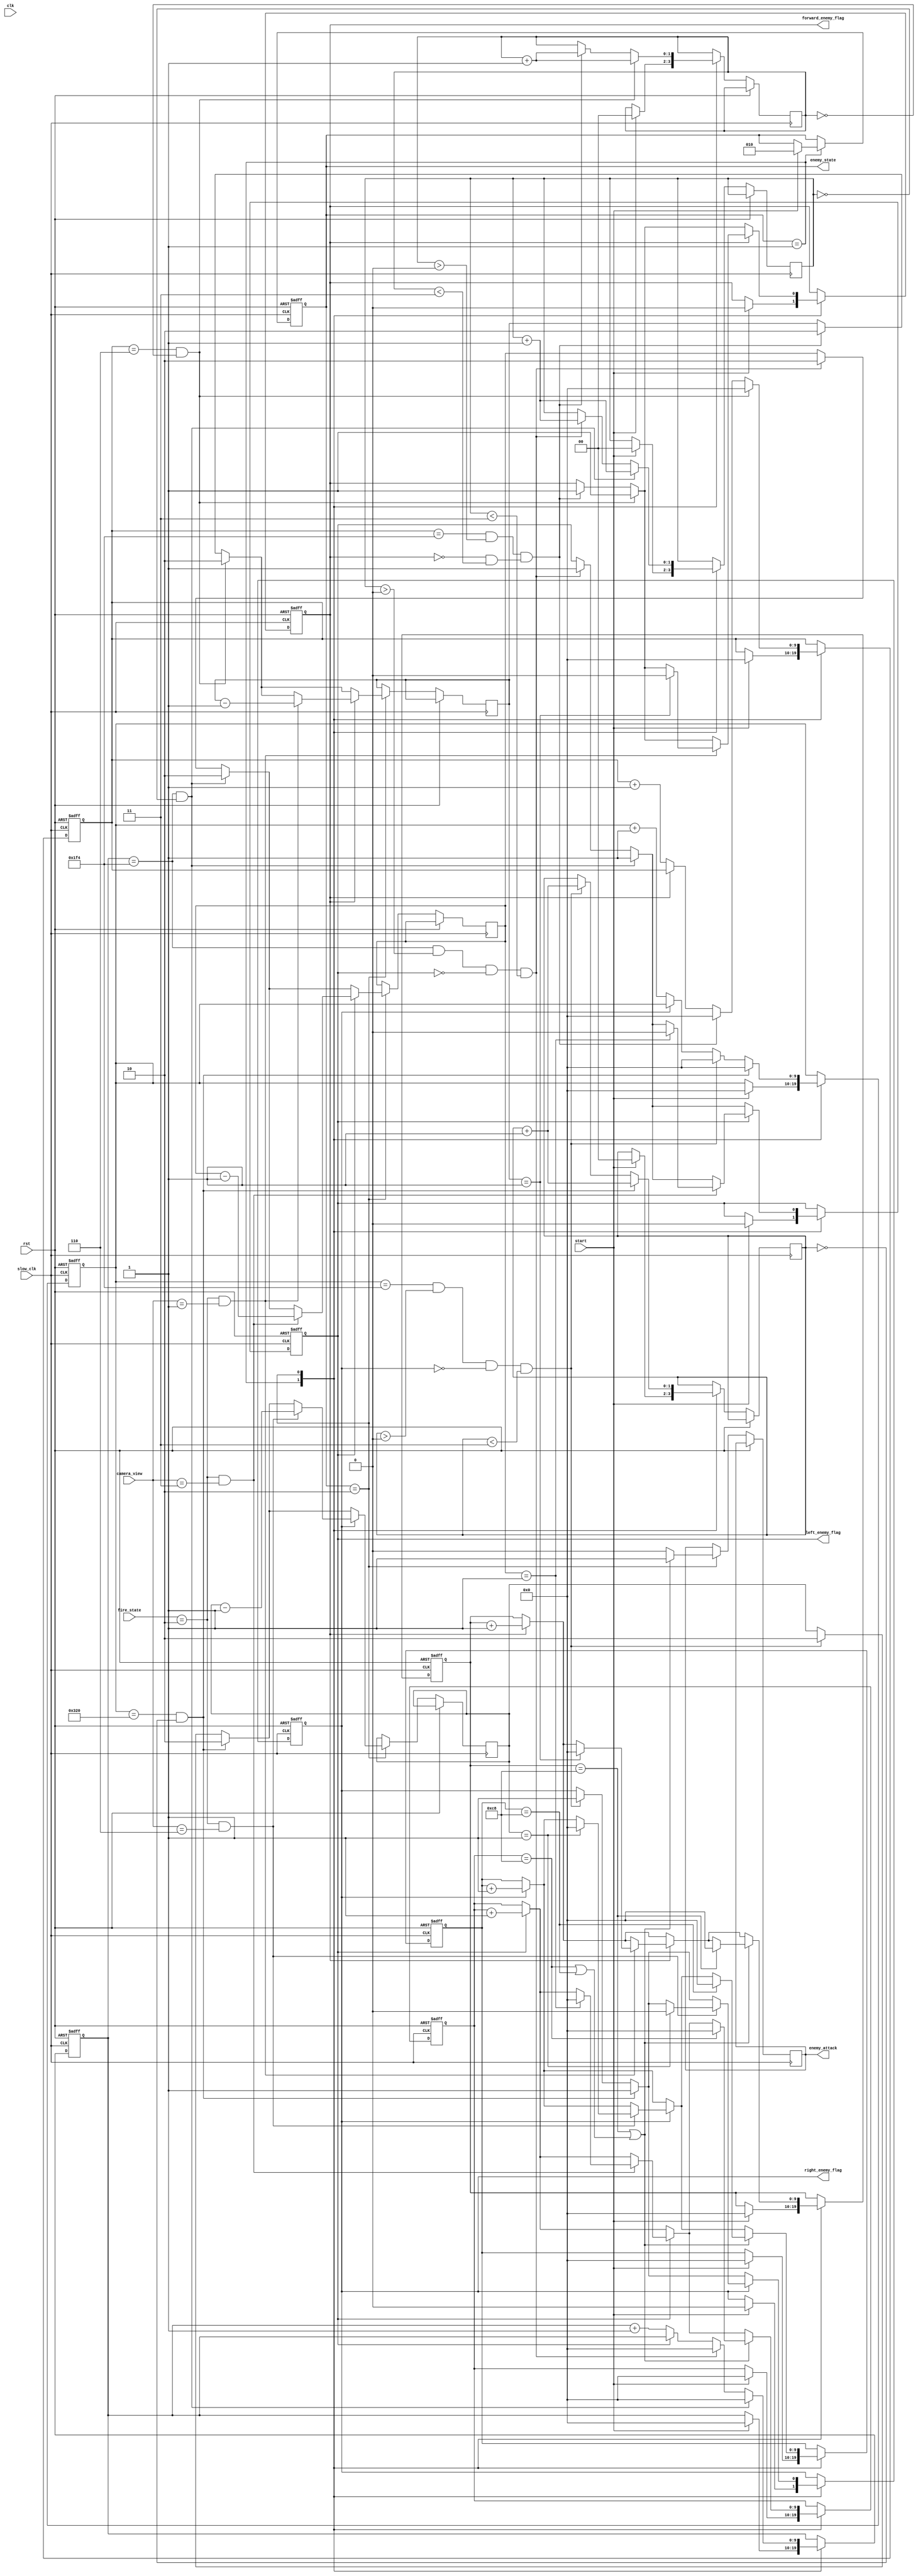
// Needs for this file:
// Firing state input
// Clock 

`timescale 1ns / 1ps

module enemy_controller(
    input clk,
	input slow_clk,
    input rst,
	input start,
	input [2:0] fire_state, // 010 is firing state from weapon_controller
	input [2:0] camera_view, // 001 forward, 011 left, 110 right
	
	output reg [2:0] enemy_state,
	output reg forward_enemy_flag,
	output reg left_enemy_flag,
	output reg right_enemy_flag,
	output reg enemy_attack
	
	// Get rid of these after using testbench and use local variables
	//output reg [1:0] forward_enemy_health,
	//output reg [1:0] left_enemy_health,
	//output reg [1:0] right_enemy_health,
	//output reg [5:0] forward_enemy_timer,
	//output reg [2:0] forward_attack_timer,
	//output reg [5:0] left_enemy_timer,
	//output reg [2:0] left_attack_timer,
	//output reg [5:0] right_enemy_timer,
	//output reg [2:0] right_attack_timer
	
	
   );
    
	// Assigns health for all enemies (in thise case 2)
	// Change enemy health registers below accordingly
    reg [1:0] base_enemy_health = 2'b10;

	// State definitions
    localparam Initial = 3'b001, Running = 3'b010, UNK = 3'bXXX;


	// Uncomment and make these local after testbench use
    reg [9:0] forward_enemy_timer;
	reg [9:0] forward_attack_timer;
	reg [9:0] left_enemy_timer;
	reg [9:0] left_attack_timer;
	reg [9:0] right_enemy_timer;
	reg [9:0] right_attack_timer;

	
	// Defines max number of enemies per direction to 3
	// May need to change following registers accordingly
	reg [1:0] max_enemy_count = 2'b11;
	
	reg [1:0] forward_enemy_count = 2'b00;
	reg [1:0] left_enemy_count = 2'b00;
	reg [1:0] right_enemy_count = 2'b00;
	
	
	// NOTE: May have to change size of registers depending on base enemy health
	reg [1:0] forward_enemy_health = 2'b00;
	reg [1:0] left_enemy_health = 2'b00;
	reg [1:0] right_enemy_health = 2'b00;
	
   
    always@(posedge slow_clk, posedge rst)
    begin: Enemy_Control_SM
        if(rst)
        begin 
            enemy_state <= Initial;
			forward_enemy_flag = 0;
			left_enemy_flag = 0;
			right_enemy_flag = 0;
			forward_enemy_timer <= 0;
			forward_attack_timer <= 0;
			
			left_enemy_timer <= 0;
			left_attack_timer <= 0;
			
			right_enemy_timer <= 0;
			right_attack_timer <= 0;
        end
        else if (slow_clk) 
            case(enemy_state)
                Initial:
                    begin
                        if (start)
							begin
								enemy_state <= Running;
								forward_enemy_flag <= 0;
								left_enemy_flag <= 0;
								right_enemy_flag <= 0;
								forward_enemy_timer <= 0;
								forward_attack_timer <= 0;
			
								left_enemy_timer <= 0;
								left_attack_timer <= 0;
			
								right_enemy_timer <= 0;
								right_attack_timer <= 0;
								
								forward_enemy_count <= 0;
								left_enemy_count <= 0;
								right_enemy_count <= 0;
							end
                    end
				Running: 
                    begin
						if (!forward_enemy_flag)
							forward_enemy_timer <= forward_enemy_timer + 1;
						else
							forward_attack_timer <= forward_attack_timer + 1;
						if (!left_enemy_flag)
							left_enemy_timer <= left_enemy_timer + 1;
						else
							left_attack_timer <= left_attack_timer + 1;
						if (!right_enemy_flag)
							right_enemy_timer <= right_enemy_timer + 1;
						else
							right_attack_timer <= right_attack_timer + 1;
						// Spawns first enemy in forward direction after 2 seconds
						if (forward_enemy_timer == 6 && forward_enemy_count == 0)
							begin
								forward_enemy_flag <= 1;
								//first_forward_enemy <= 1;
								forward_enemy_timer <= 0;
								forward_enemy_count <= forward_enemy_count + 1;
								forward_enemy_health <= base_enemy_health;
							end
						// After 2 seconds and when there is no current forward enemy, spawns new enemy after 5 seconds
						else
							begin
								if (((forward_enemy_timer == 500) && (forward_enemy_count > 0)) && ((forward_enemy_flag == 0) && (forward_enemy_count < max_enemy_count)))
									begin
										forward_enemy_flag <= 1;
										forward_enemy_timer <= 0;
										forward_enemy_health <= base_enemy_health;
										forward_enemy_count <= forward_enemy_count + 1;
									end
							end
							
                        if (forward_enemy_flag == 1)
							begin
								if (fire_state == 3'b010 && camera_view == 3'b001)
									begin
										if (forward_enemy_health == 1)
											begin
												forward_enemy_health <= forward_enemy_health - 1;
												forward_enemy_flag <= 0;
												forward_attack_timer <= 0;
											end
										else 
											forward_enemy_health <= forward_enemy_health - 1;
									end
							end
							
							
						// Spawns first enemy in left direction after 5 seconds
						if (left_enemy_timer == 500 && left_enemy_count == 0)
							begin
								left_enemy_flag <= 1;
								left_enemy_timer <= 0;
								left_enemy_count <= left_enemy_count + 1;
								left_enemy_health <= base_enemy_health;
							end
						// After 5 seconds and when there is no current left enemy, spawns new enemy after 5 seconds
						else
							begin
								if ((left_enemy_timer == 500) && (left_enemy_count > 0) && (left_enemy_flag == 0) && (left_enemy_count < max_enemy_count))
									begin
										left_enemy_flag <= 1;
										left_enemy_timer <= 0;
										left_enemy_health <= base_enemy_health;
										left_enemy_count <= left_enemy_count + 1;
									end
							end
							
						if (left_enemy_flag)
							begin
								if ((fire_state == 3'b010) && (camera_view == 3'b011)) // Indicates weapon is fired and player is looking left
									begin
										if (left_enemy_health == 1)
											begin
												left_enemy_health <= left_enemy_health - 1;
												left_enemy_flag <= 0;
												left_attack_timer <= 0;
											end
										else 
											left_enemy_health <= left_enemy_health - 1;
									end
							end
							
						// Spawns first enemy in right direction after 8 seconds
						if (right_enemy_timer == 800 && right_enemy_count == 0)
							begin
								right_enemy_flag <= 1;
								right_enemy_timer <= 0;
								right_enemy_count <= right_enemy_count + 1;
								right_enemy_health <= base_enemy_health;
							end
						// After 5 seconds and when there is no current right enemy, spawns new enemy after 5 seconds
						else
							begin
								if ((right_enemy_timer == 500) && (right_enemy_count > 0) && (right_enemy_flag == 0) && (right_enemy_count < max_enemy_count))
									begin
										right_enemy_flag <= 1;
										right_enemy_timer <= 0;
										right_enemy_health <= base_enemy_health;
										right_enemy_count <= right_enemy_count + 1;
									end
							end
							
						if (right_enemy_flag)
							begin
								if ((fire_state == 3'b010) && (camera_view == 3'b110)) // Indicates weapon is fired and player is looking right
									begin
										if (right_enemy_health == 1)
											begin
												right_enemy_health <= right_enemy_health - 1;
												right_enemy_flag <= 0;
												right_attack_timer <= 0;
											end
										else 
											right_enemy_health <= right_enemy_health - 1;
									end
							end
							
							
							// Add checks for all attack timers at the same time
							if (forward_attack_timer == 200 || (left_attack_timer == 200 || right_attack_timer == 200))
									begin
										enemy_attack <= 1;
										if (forward_attack_timer == 200)
											forward_attack_timer <= 0;
										if (left_attack_timer == 200)
											left_attack_timer <= 0;
										if (right_attack_timer == 200)
											right_attack_timer <= 0;
									end
							else 
								enemy_attack <= 0;
								
                    end

			endcase
    end  
endmodule